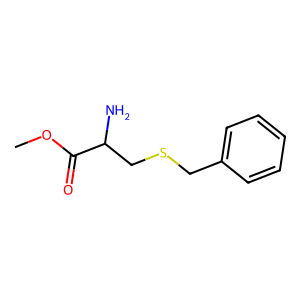
SMILES: COC(=O)C(N)CSCc1ccccc1
Inhibits HIV replication: No